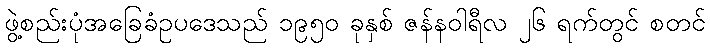
ဖွဲ့စည်းပုံအခြေခံဥပဒေသည် ၁၉၅၀ ခုနှစ် ဇန်နဝါရီလ ၂၆ ရက်တွင် စတင်